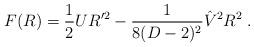
LaTeX: \begin{align*}F(R) = {1 \over 2} U R'^2 - {1 \over {8(D-2)^2}} \hat V^2 R^2 \; .\end{align*}